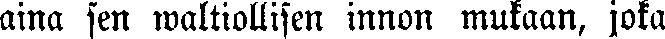
aina sen waltiollisen innon mukaan, joka